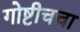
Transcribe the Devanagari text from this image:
गोष्टीचचा